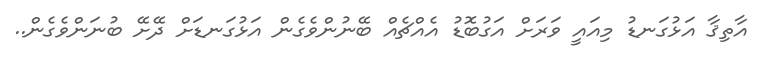
އާތިޤާ އަޅުގަނޑު މިއައީ ވަރަށް އަގުބޮޑު އެއްޗެއް ބޭނުންވެގެން އަޅުގަނޑަށް ދޭށޭ ބުނަންވެގެން..